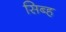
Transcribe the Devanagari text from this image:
सिब्ह